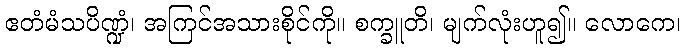
ဧတံမံသပိဏ္ဍံ၊ အကြင်အသားစိုင်ကို။ စက္ခူတိ၊ မျက်လုံးဟူ၍။ လောကေ၊